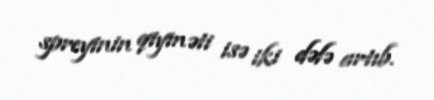
spreyinin qiyməti isə iki dəfə artıb.